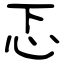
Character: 忑